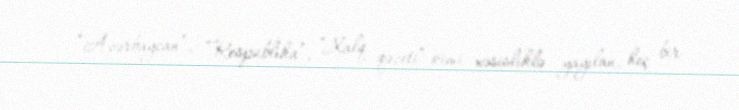
“Azərbaycan”, “Respublika”, “Xalq qəzeti” kimi xəsisliklə yayılan, heç bir